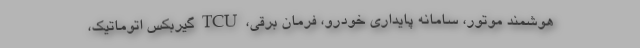
هوشمند موتور، سامانه پایداری خودرو، فرمان برقی، TCU گیربکس اتوماتیک،